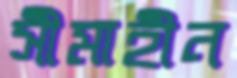
সীমাহীন